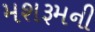
મશરૂમની